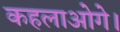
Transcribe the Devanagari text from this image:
कहलाओगे।